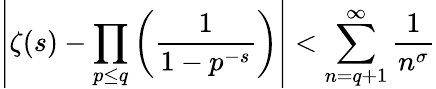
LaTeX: \left|\zeta(s)-\prod_{p\leq q}\left({\frac{1}{1-p^{-s}}}\right)\right|<\sum_{n=q+1}^{\infty}{\frac{1}{n^{\sigma}}}